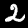
Digit: 2